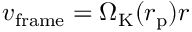
v _ { \mathrm { f r a m e } } = \Omega _ { \mathrm { K } } ( r _ { \mathrm { p } } ) r